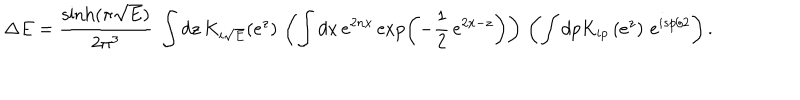
LaTeX: \Delta E = \frac { \sinh ( \pi \sqrt { E } ) } { 2 \pi ^ { 3 } } ~ \int d z \, K _ { i \sqrt { E } } ( e ^ { z } ) \, \left( \int d x \, e ^ { 2 n x } \exp \left( - \frac { 1 } { 2 } \, e ^ { 2 x - z } \right) \right) \, \left( \int d p K _ { i p } \left( e ^ { z } \right) \, e ^ { i s p / 2 } \right) .